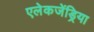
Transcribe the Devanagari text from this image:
एलेकजेंड्रिया